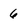
Character: 6